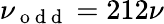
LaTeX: \nu_{\mathrm{~o~d~d~}}=212\nu